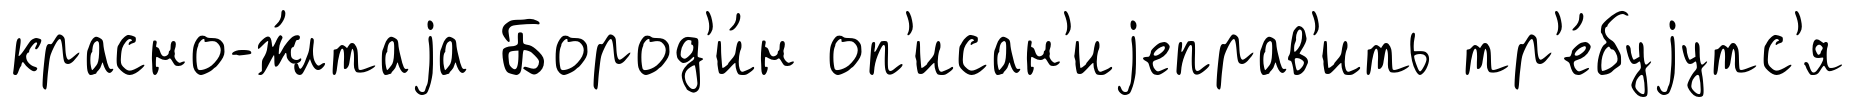
красно-ж́лтаjа Бород'и́н оп'исан'иjеправ'ить тр'е́буjутс'я